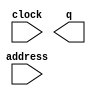
// megafunction wizard: %ROM: 1-PORT%VBB%
// GENERATION: STANDARD
// VERSION: WM1.0
// MODULE: altsyncram 

// ============================================================
// Megafunction Name(s):
// 			altsyncram
//
// Simulation Library Files(s):
// 			altera_mf
// ============================================================
// ************************************************************
// THIS IS A WIZARD-GENERATED FILE. DO NOT EDIT THIS FILE!
//
// 11.1 Build 259 01/25/2012 SP 2 SJ Web Edition
// ************************************************************

//Copyright (C) 1991-2011 Altera Corporation
//Your use of Altera Corporation's design tools, logic functions 
//and other software and tools, and its AMPP partner logic 
//functions, and any output files from any of the foregoing 
//(including device programming or simulation files), and any 
//associated documentation or information are expressly subject 
//to the terms and conditions of the Altera Program License 
//Subscription Agreement, Altera MegaCore Function License 
//Agreement, or other applicable license agreement, including, 
//without limitation, that your use is for the sole purpose of 
//programming logic devices manufactured by Altera and sold by 
//Altera or its authorized distributors.  Please refer to the 
//applicable agreement for further details.

module E (
	address,
	clock,
	q);

	input	[8:0]  address;
	input	  clock;
	output	[2:0]  q;
`ifndef ALTERA_RESERVED_QIS
// synopsys translate_off
`endif
	tri1	  clock;
`ifndef ALTERA_RESERVED_QIS
// synopsys translate_on
`endif

endmodule

// ============================================================
// CNX file retrieval info
// ============================================================
// Retrieval info: PRIVATE: ADDRESSSTALL_A NUMERIC "0"
// Retrieval info: PRIVATE: AclrAddr NUMERIC "0"
// Retrieval info: PRIVATE: AclrByte NUMERIC "0"
// Retrieval info: PRIVATE: AclrOutput NUMERIC "0"
// Retrieval info: PRIVATE: BYTE_ENABLE NUMERIC "0"
// Retrieval info: PRIVATE: BYTE_SIZE NUMERIC "8"
// Retrieval info: PRIVATE: BlankMemory NUMERIC "0"
// Retrieval info: PRIVATE: CLOCK_ENABLE_INPUT_A NUMERIC "0"
// Retrieval info: PRIVATE: CLOCK_ENABLE_OUTPUT_A NUMERIC "0"
// Retrieval info: PRIVATE: Clken NUMERIC "0"
// Retrieval info: PRIVATE: IMPLEMENT_IN_LES NUMERIC "0"
// Retrieval info: PRIVATE: INIT_FILE_LAYOUT STRING "PORT_A"
// Retrieval info: PRIVATE: INIT_TO_SIM_X NUMERIC "0"
// Retrieval info: PRIVATE: INTENDED_DEVICE_FAMILY STRING "Cyclone II"
// Retrieval info: PRIVATE: JTAG_ENABLED NUMERIC "0"
// Retrieval info: PRIVATE: JTAG_ID STRING "NONE"
// Retrieval info: PRIVATE: MAXIMUM_DEPTH NUMERIC "0"
// Retrieval info: PRIVATE: MIFfilename STRING "../Letter Folder/E/image.colour.mif"
// Retrieval info: PRIVATE: NUMWORDS_A NUMERIC "400"
// Retrieval info: PRIVATE: RAM_BLOCK_TYPE NUMERIC "0"
// Retrieval info: PRIVATE: RegAddr NUMERIC "1"
// Retrieval info: PRIVATE: RegOutput NUMERIC "0"
// Retrieval info: PRIVATE: SYNTH_WRAPPER_GEN_POSTFIX STRING "0"
// Retrieval info: PRIVATE: SingleClock NUMERIC "1"
// Retrieval info: PRIVATE: UseDQRAM NUMERIC "0"
// Retrieval info: PRIVATE: WidthAddr NUMERIC "9"
// Retrieval info: PRIVATE: WidthData NUMERIC "3"
// Retrieval info: PRIVATE: rden NUMERIC "0"
// Retrieval info: LIBRARY: altera_mf altera_mf.altera_mf_components.all
// Retrieval info: CONSTANT: CLOCK_ENABLE_INPUT_A STRING "BYPASS"
// Retrieval info: CONSTANT: CLOCK_ENABLE_OUTPUT_A STRING "BYPASS"
// Retrieval info: CONSTANT: INIT_FILE STRING "../Letter Folder/E/image.colour.mif"
// Retrieval info: CONSTANT: INTENDED_DEVICE_FAMILY STRING "Cyclone II"
// Retrieval info: CONSTANT: LPM_HINT STRING "ENABLE_RUNTIME_MOD=NO"
// Retrieval info: CONSTANT: LPM_TYPE STRING "altsyncram"
// Retrieval info: CONSTANT: NUMWORDS_A NUMERIC "400"
// Retrieval info: CONSTANT: OPERATION_MODE STRING "ROM"
// Retrieval info: CONSTANT: OUTDATA_ACLR_A STRING "NONE"
// Retrieval info: CONSTANT: OUTDATA_REG_A STRING "UNREGISTERED"
// Retrieval info: CONSTANT: WIDTHAD_A NUMERIC "9"
// Retrieval info: CONSTANT: WIDTH_A NUMERIC "3"
// Retrieval info: CONSTANT: WIDTH_BYTEENA_A NUMERIC "1"
// Retrieval info: USED_PORT: address 0 0 9 0 INPUT NODEFVAL "address[8..0]"
// Retrieval info: USED_PORT: clock 0 0 0 0 INPUT VCC "clock"
// Retrieval info: USED_PORT: q 0 0 3 0 OUTPUT NODEFVAL "q[2..0]"
// Retrieval info: CONNECT: @address_a 0 0 9 0 address 0 0 9 0
// Retrieval info: CONNECT: @clock0 0 0 0 0 clock 0 0 0 0
// Retrieval info: CONNECT: q 0 0 3 0 @q_a 0 0 3 0
// Retrieval info: GEN_FILE: TYPE_NORMAL E.v TRUE
// Retrieval info: GEN_FILE: TYPE_NORMAL E.inc FALSE
// Retrieval info: GEN_FILE: TYPE_NORMAL E.cmp FALSE
// Retrieval info: GEN_FILE: TYPE_NORMAL E.bsf FALSE
// Retrieval info: GEN_FILE: TYPE_NORMAL E_inst.v TRUE
// Retrieval info: GEN_FILE: TYPE_NORMAL E_bb.v TRUE
// Retrieval info: LIB_FILE: altera_mf